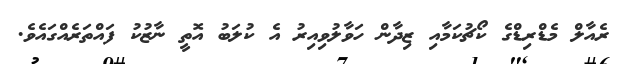
ރެއާލް މެޑްރިޑްގެ ކޯޗުކަމާއި ޒިދާން ހަވާލުވިއިރު އެ ކުލަބު އޮތީ ނާޒުކު ފައްތަރެއްގައެެވެ.